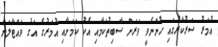
އުމަރު ސަރުކާރުގައި ހުންނެވީ ވަރަށް ސާބިތުކަމާއި އެކު ކަމަށާއި އުމަރުގެ އަގު ވައްޓާލަން